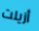
أزيلت